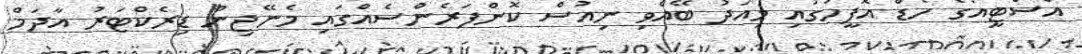
އެސްޓީއޯގެ ހެޑް އޮފީހުގައި މިއަދު ބޭއްވި ނިއުސް ކޮންފަރެންސެއްގައި މެނޭޖިން ޑިރެކްޓަރު އާދަމް